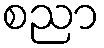
စညာ